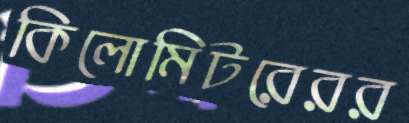
কিলোমিটরেরর